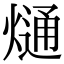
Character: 熥